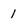
Character: 1